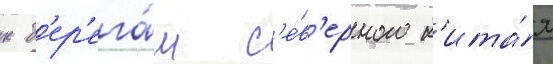
к б'ер'ега́м с'е́в'ерного к'ита́я